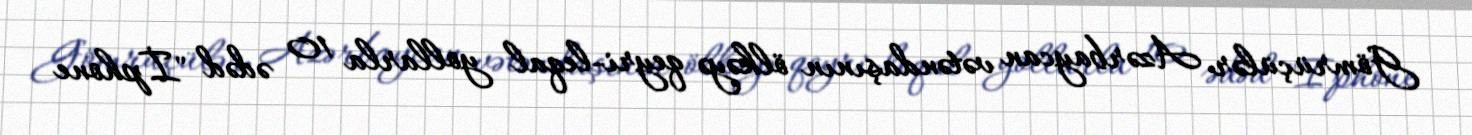
Gömrüçülər Azərbaycan vətəndaşının ölkəyə qeyri-leqal yollarla 10 ədəd "İphone